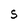
Character: s